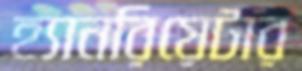
হ্যানরিয়েটার